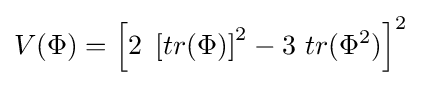
V(\Phi )=\left[2\ \left[tr(\Phi )\right]^{2}-3\ tr(\Phi ^{2})\right]^{2}